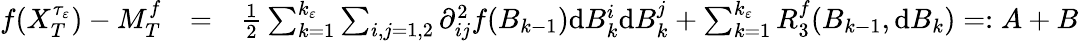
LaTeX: \begin{array}{rlr}{f(X_{T}^{\tau_{\varepsilon}})-M_{T}^{f}}&{=}&{\frac{1}{2}\sum_{k=1}^{k_{\varepsilon}}\sum_{i,j=1,2}\partial_{ij}^{2}f(B_{k-1})\mathrm{d}B_{k}^{i}\mathrm{d}B_{k}^{j}+\sum_{k=1}^{k_{\varepsilon}}R_{3}^{f}(B_{k-1},\mathrm{d}B_{k})=:A+B}\end{array}